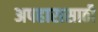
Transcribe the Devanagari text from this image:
अपहारासाठी